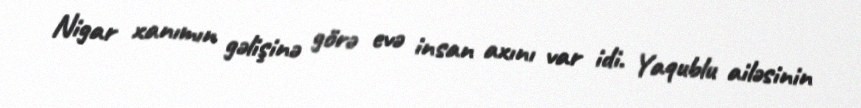
Nigar xanımın gəlişinə görə evə insan axını var idi. Yaqublu ailəsinin